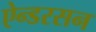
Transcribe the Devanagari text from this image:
ऐन्डरसन